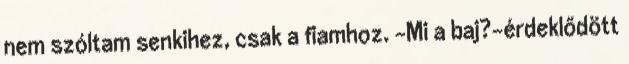
nem szóltam senkihez, csak a fiamhoz. -Mi a baj?-érdeklődött